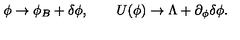
\phi \to \phi _ { B } + \delta \phi , \qquad U ( \phi ) \to \Lambda + \partial _ { \phi } \delta \phi .